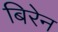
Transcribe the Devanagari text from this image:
बिरेन